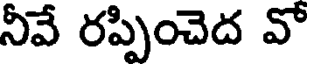
నీవే రప్పించెద వో